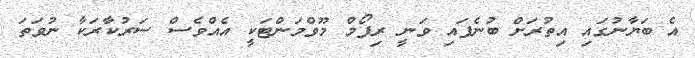
އެ ބަޔާނުގައި އިތުރަށް ބުނެފައި ވަނީ ރިފޯމް މޫވްމަންޓަކީ އެއްވެސް ސަރުކާރަކާ ނުވަތަ